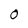
Character: O